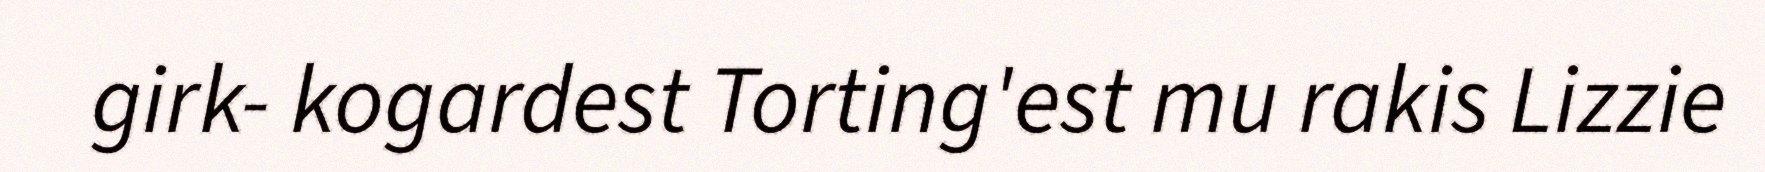
girk- kogardest Torting'est mu rakis Lizzie